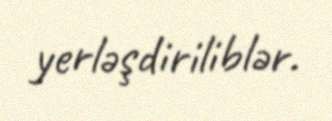
yerləşdiriliblər.